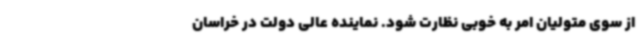
از سوی متولیان امر به خوبی نظارت شود. نماینده عالی دولت در خراسان